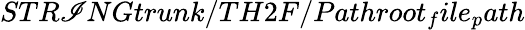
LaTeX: STR\mathscr{I}NGtrunk/TH2F/Pathroot_{f}ile_{p}ath